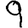
Digit: 9